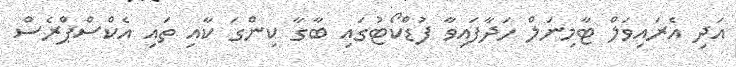
އަދި އެރައިވަލް ޓާމިނަލް ހަދާފައިވާ ފުޑްކޯޓުގައި ބާގާ ކިންގަ ކާއި ތައި އެކްސްޕްރެސް